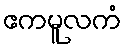
ဧကမူလကံ